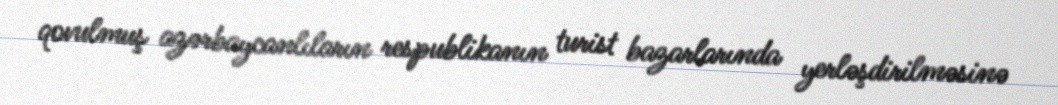
qovulmuş azərbaycanlıların respublikanın turist bazarlarında yerləşdirilməsinə